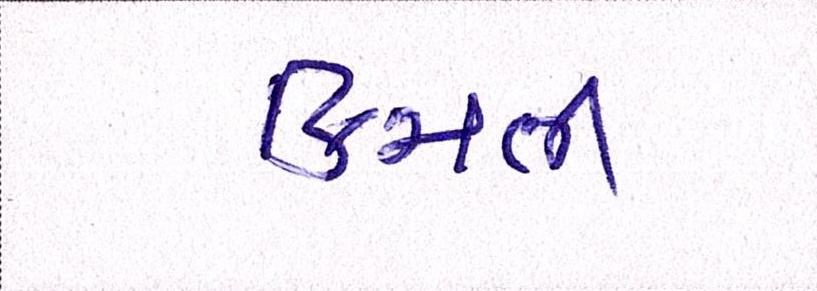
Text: કિમતી